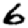
Digit: 6